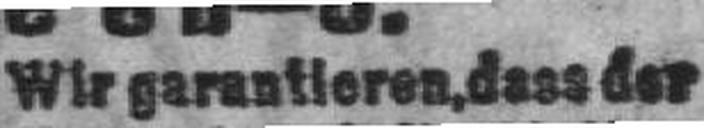
Wir garantieren, dass der